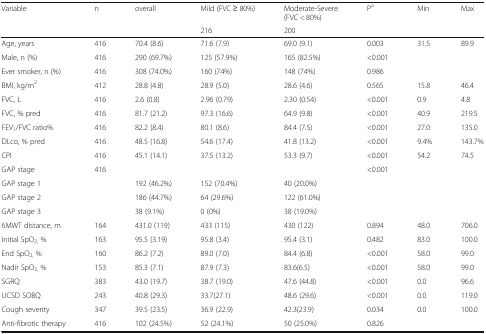
<table><thead><tr><td rowspan="2"><b>Variable</b></td><td rowspan="2"><b>n</b></td><td rowspan="2"><b>overall</b></td><td><b>Mild (FVC ≥ 80%)</b></td><td><b>Moderate-Severe (FVC &lt; 80%)</b></td><td rowspan="2"><b>P<sup>a</sup></b></td><td rowspan="2"><b>Min</b></td><td rowspan="2"><b>Max</b></td></tr><tr><td><b>216</b></td><td><b>200</b></td></tr></thead><tbody><tr><td>Age, years</td><td>416</td><td>70.4 (8.6)</td><td>71.6 (7.9)</td><td>69.0 (9.1)</td><td>0.003</td><td>31.5</td><td>89.9</td></tr><tr><td>Male, n (%)</td><td>416</td><td>290 (69.7%)</td><td>125 (57.9%)</td><td>165 (82.5%)</td><td>&lt;0.001</td><td></td><td></td></tr><tr><td>Ever smoker, n (%)</td><td>416</td><td>308 (74.0%)</td><td>160 (74%)</td><td>148 (74%)</td><td>0.986</td><td></td><td></td></tr><tr><td>BMI, kg/m<sup>2</sup></td><td>412</td><td>28.8 (4.8)</td><td>28.9 (5.0)</td><td>28.6 (4.6)</td><td>0.565</td><td>15.8</td><td>46.4</td></tr><tr><td>FVC, L</td><td>416</td><td>2.6 (0.8)</td><td>2.96 (0.79)</td><td>2.30 (0.54)</td><td>&lt;0.001</td><td>0.9</td><td>4.8</td></tr><tr><td>FVC, % pred</td><td>416</td><td>81.7 (21.2)</td><td>97.3 (16.6)</td><td>64.9 (9.8)</td><td>&lt;0.001</td><td>40.9</td><td>219.5</td></tr><tr><td>FEV<sub>1</sub>/FVC ratio%</td><td>416</td><td>82.2 (8.4)</td><td>80.1 (8.6)</td><td>84.4 (7.5)</td><td>&lt;0.001</td><td>27.0</td><td>135.0</td></tr><tr><td>DLco, % pred</td><td>416</td><td>48.5 (16.8)</td><td>54.6 (17.4)</td><td>41.8 (13.2)</td><td>&lt;0.001</td><td>9.4%</td><td>143.7%</td></tr><tr><td>CPI</td><td>416</td><td>45.1 (14.1)</td><td>37.5 (13.2)</td><td>53.3 (9.7)</td><td>&lt;0.001</td><td>54.2</td><td>74.5</td></tr><tr><td>GAP stage</td><td>416</td><td></td><td></td><td></td><td>&lt;0.001</td><td></td><td></td></tr><tr><td>GAP stage 1</td><td></td><td>192 (46.2%)</td><td>152 (70.4%)</td><td>40 (20.0%)</td><td></td><td></td><td></td></tr><tr><td>GAP stage 2</td><td></td><td>186 (44.7%)</td><td>64 (29.6%)</td><td>122 (61.0%)</td><td></td><td></td><td></td></tr><tr><td>GAP stage 3</td><td></td><td>38 (9.1%)</td><td>0 (0%)</td><td>38 (19.0%)</td><td></td><td></td><td></td></tr><tr><td>6MWT distance, m</td><td>164</td><td>431.0 (119)</td><td>433 (115)</td><td>430 (122)</td><td>0.894</td><td>48.0</td><td>706.0</td></tr><tr><td>Initial SpO<sub>2,</sub> %</td><td>163</td><td>95.5 (3.19)</td><td>95.8 (3.4)</td><td>95.4 (3.1)</td><td>0.482</td><td>83.0</td><td>100.0</td></tr><tr><td>End SpO<sub>2,</sub> %</td><td>160</td><td>86.2 (7.2)</td><td>89.0 (7.0)</td><td>84.4 (6.8)</td><td>&lt;0.001</td><td>58.0</td><td>99.0</td></tr><tr><td>Nadir SpO<sub>2,</sub> %</td><td>153</td><td>85.3 (7.1)</td><td>87.9 (7.3)</td><td>83.6(6.5)</td><td>&lt;0.001</td><td>58.0</td><td>99.0</td></tr><tr><td>SGRQ</td><td>383</td><td>43.0 (19.7)</td><td>38.7 (19.0)</td><td>47.6 (44.8)</td><td>&lt;0.001</td><td>0.0</td><td>96.6</td></tr><tr><td>UCSD SOBQ</td><td>243</td><td>40.8 (29.3)</td><td>33.7(27.1)</td><td>48.6 (29.6)</td><td>&lt;0.001</td><td>0.0</td><td>119.0</td></tr><tr><td>Cough severity</td><td>347</td><td>39.5 (23.5)</td><td>36.9 (22.9)</td><td>42.3(23.9)</td><td>0.034</td><td>0.0</td><td>100.0</td></tr><tr><td>Anti-fibrotic therapy</td><td>416</td><td>102 (24.5%)</td><td>52 (24.1%)</td><td>50 (25.0%)</td><td>0.826</td><td></td><td></td></tr></tbody></table>